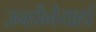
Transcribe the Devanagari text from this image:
उन्होंनेयहां